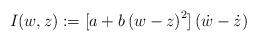
LaTeX: \begin{align*}I(w,z) := [ a+b\left( w-z \right)^2 ] \left( \dot{w}-\dot{z} \right)\end{align*}